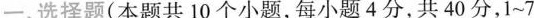
一、选择题(本题共10个小题，每小题4分，共40分，1~7